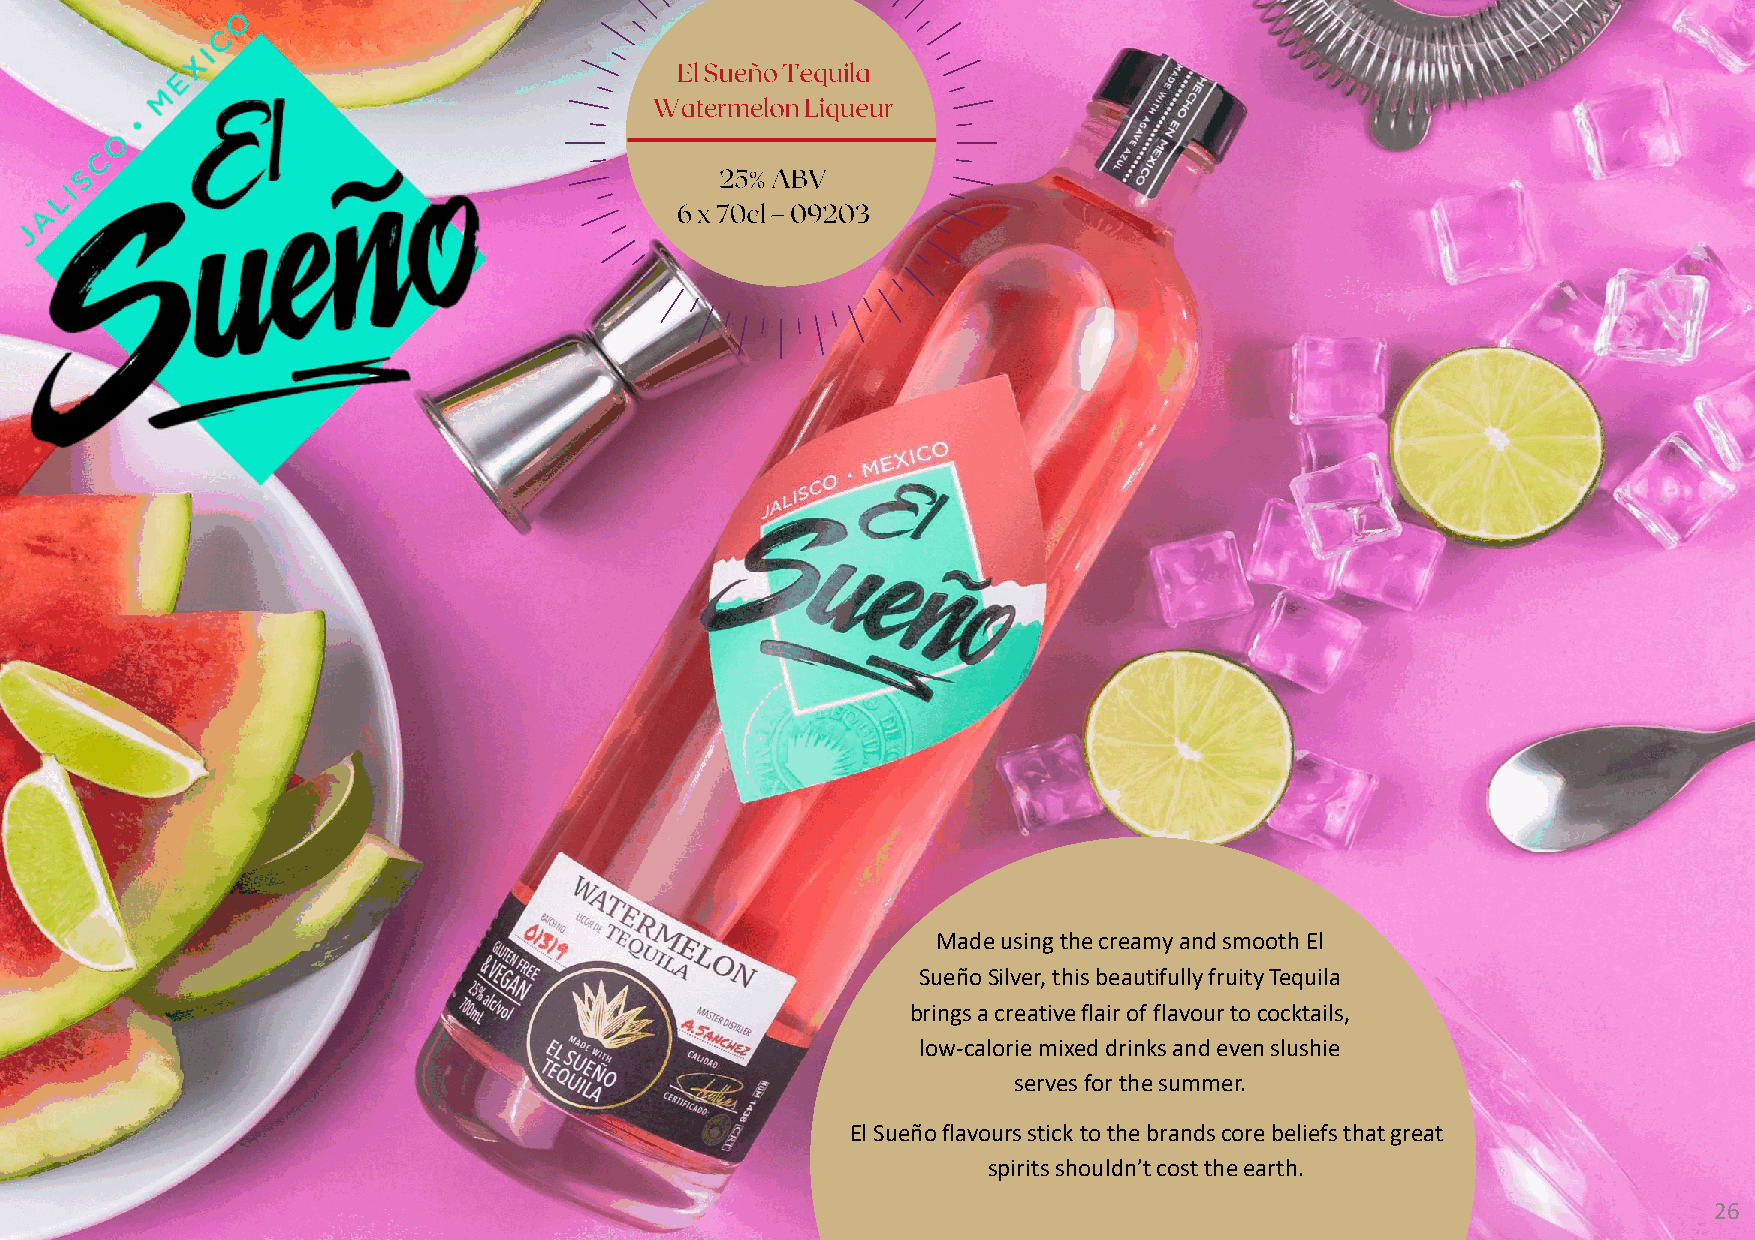
Made using the creamy and smooth El
 SueñoSilver, this beautifully fruity Tequila
 brings a creative flair of flavour to cocktails,
 low-calorie mixed drinks and even slushie
 serves for the summer.
 El Sueñoflavours stick to the brands core beliefs that great
 spirits shouldn’t cost the earth.
 26